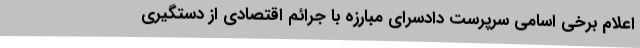
اعلام برخی اسامی سرپرست دادسرای مبارزه با جرائم اقتصادی از دستگیری